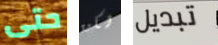
حتى لكن تبديل